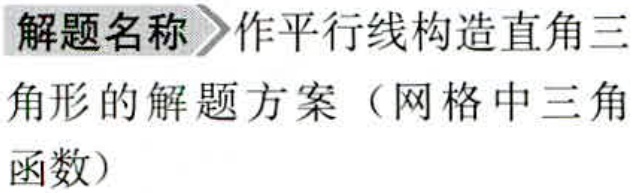
解题名称 作平行线构造直角三
角形的解题方案（网格中三角
函数）